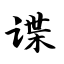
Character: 谍